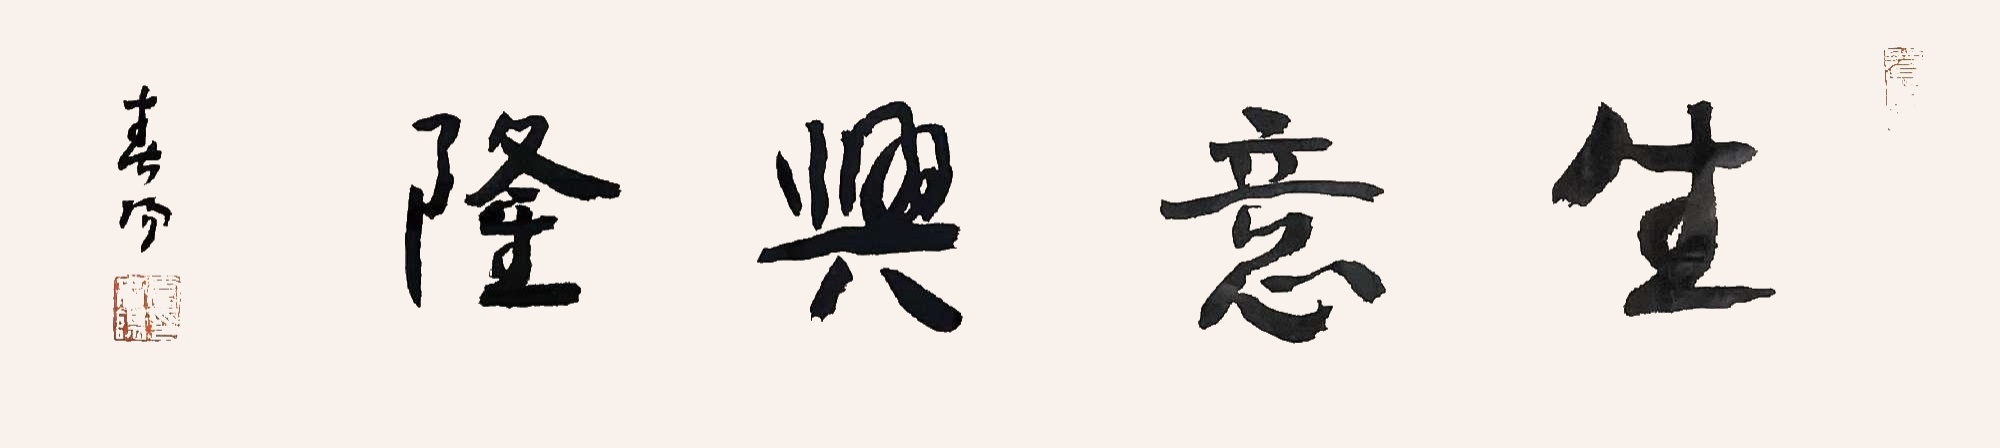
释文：生意兴隆霍春阳